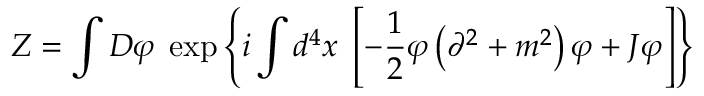
Z = \int D \varphi \; \exp \left\{ i \int d ^ { 4 } x \; \left[ - { \frac { 1 } { 2 } } \varphi \left( \partial ^ { 2 } + m ^ { 2 } \right) \varphi + J \varphi \right] \right\}